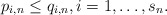
\begin{align*}p_{i,n}\leq q_{i,n},i=1,\ldots ,s_{n}. \end{align*}